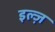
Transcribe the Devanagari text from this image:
इल्ज़